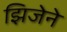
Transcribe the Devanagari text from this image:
झिजेने